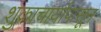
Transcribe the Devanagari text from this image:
शुक्राचार्यापासून